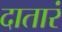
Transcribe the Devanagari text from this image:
दातारं